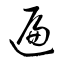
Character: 遍